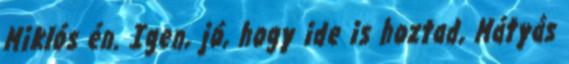
Miklós én. Igen, jó, hogy ide is hoztad, Mátyás